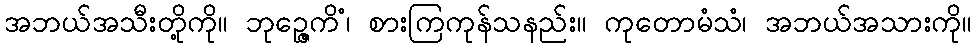
အဘယ်အသီးတို့ကို။ ဘုဉ္ဇေကိံ၊ စားကြကုန်သနည်း။ ကုတောမံသံ၊ အဘယ်အသားကို။